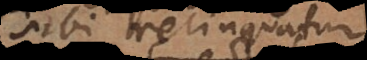
sibi relinquatur),